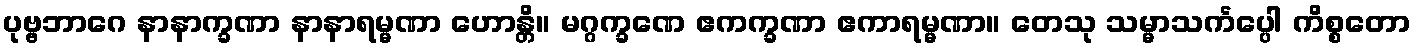
ပုဗ္ဗဘာဂေ နာနာက္ခဏာ နာနာရမ္မဏာ ဟောန္တိ။ မဂ္ဂက္ခဏေ ဧကက္ခဏာ ဧကာရမ္မဏာ။ တေသု သမ္မာသင်္ကပ္ပေါ ကိစ္စတော